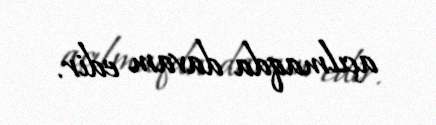
açılmaqda davam edir.